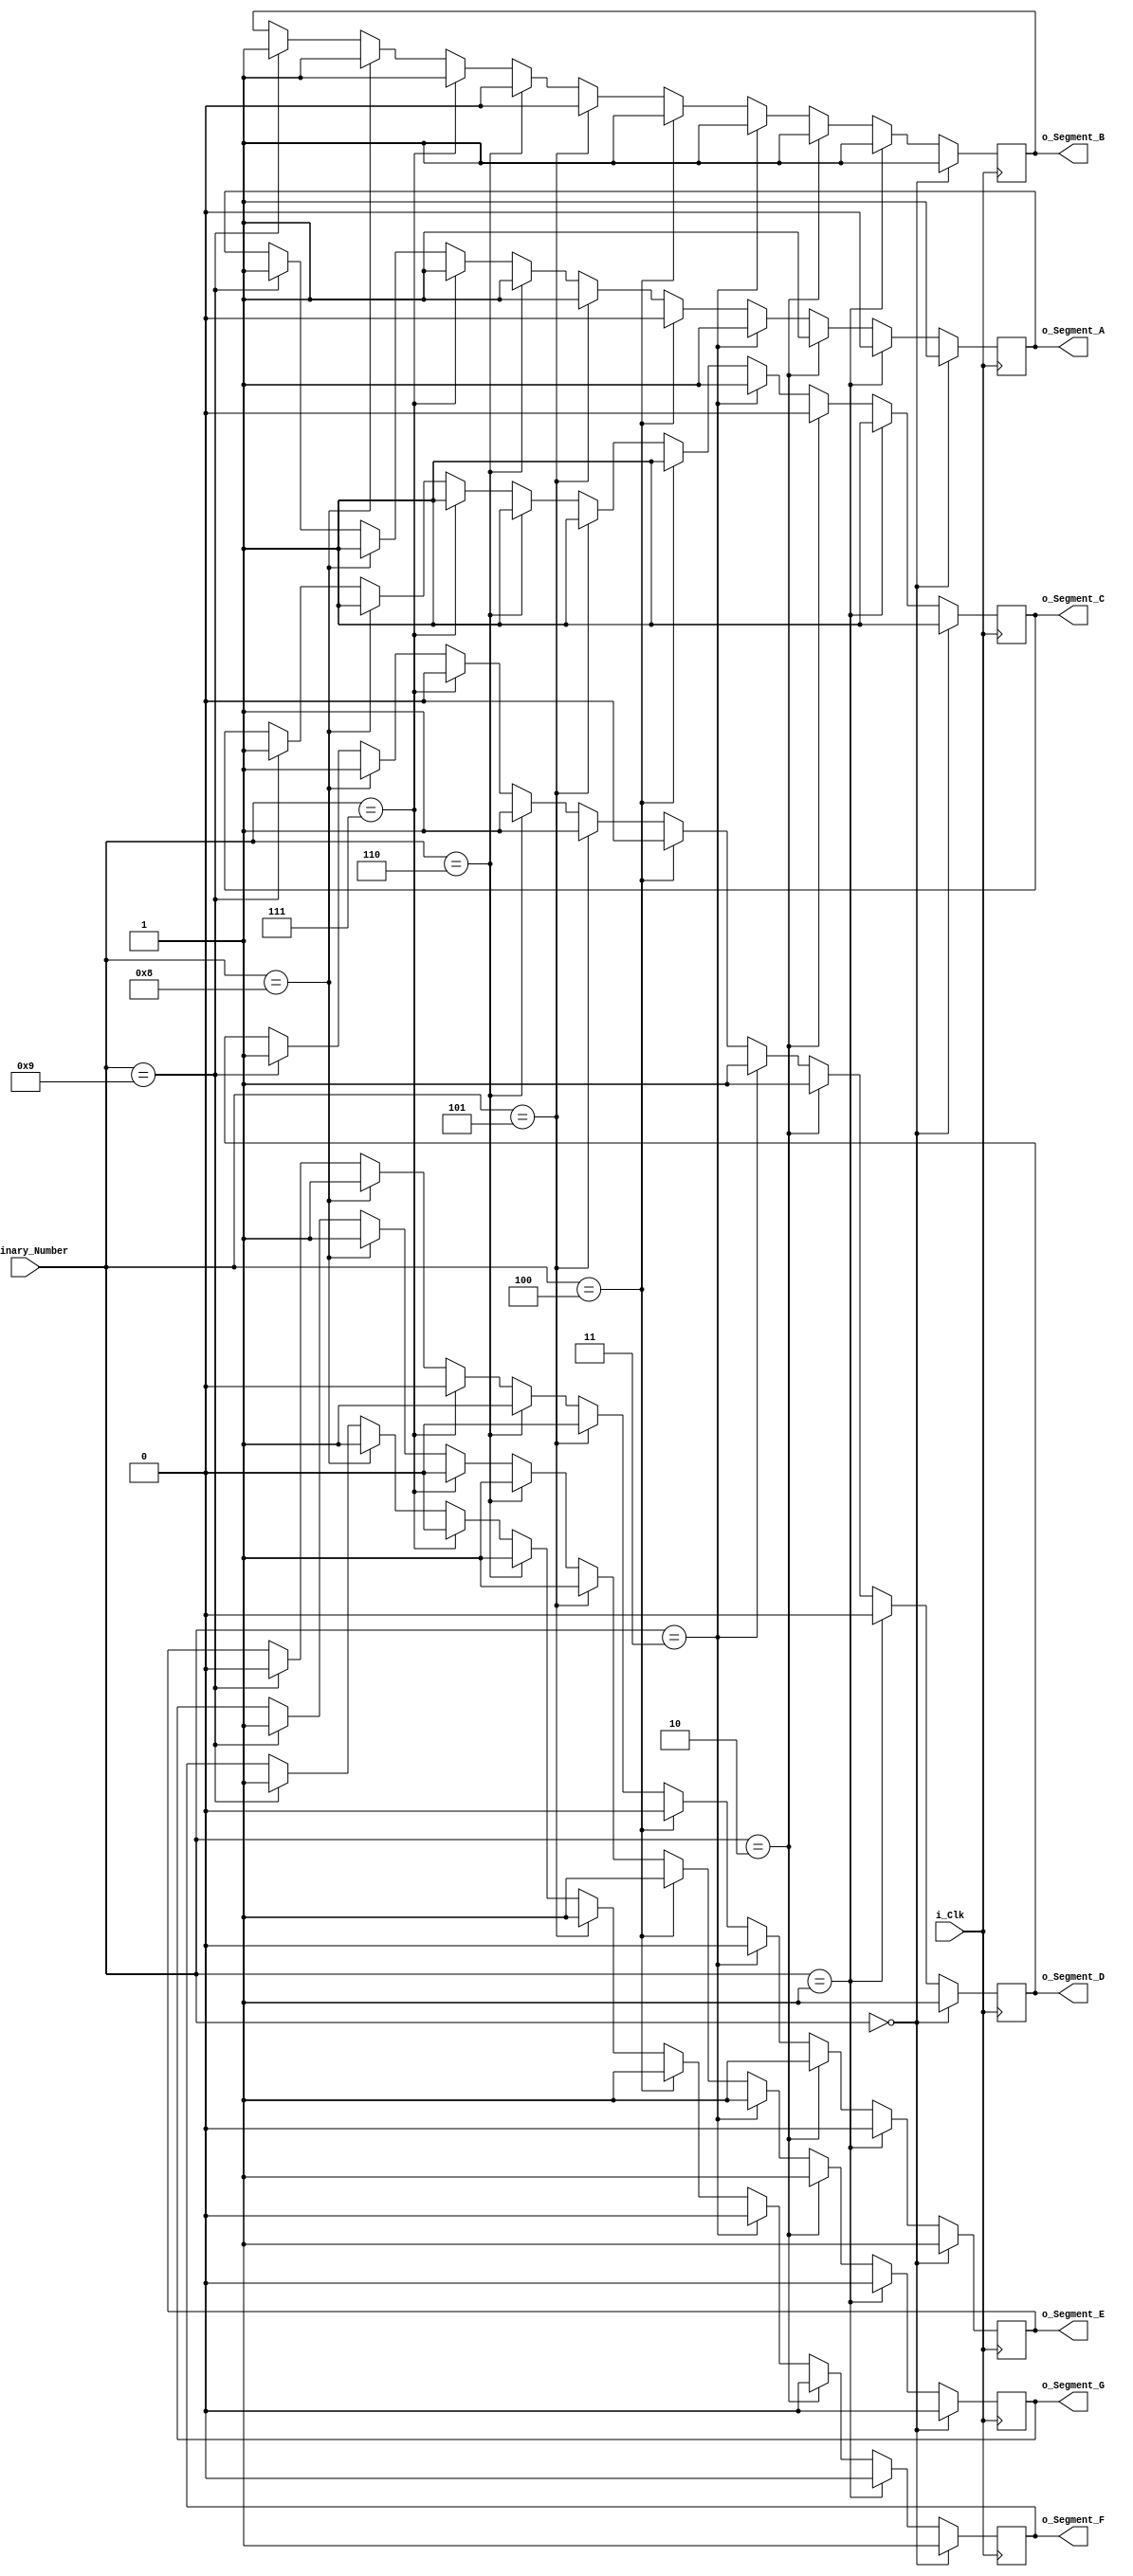
module Binary_To_Seven_Segment
	(input i_Clk,
	input [3:0] i_Binary_Number,
	output o_Segment_A,
	output o_Segment_B,
	output o_Segment_C,
	output o_Segment_D,
	output o_Segment_E,
	output o_Segment_F,
	output o_Segment_G);
	
	reg r_Segment_A = 1'b0;
	reg r_Segment_B = 1'b0;
	reg r_Segment_C = 1'b0;
	reg r_Segment_D = 1'b0;
	reg r_Segment_E = 1'b0;
	reg r_Segment_F = 1'b0;
	reg r_Segment_G = 1'b0;

	always @(posedge i_Clk)
	begin
		if (i_Binary_Number == 0)
		begin
			// Display 0
			r_Segment_A <= 1'b1;
			r_Segment_B <= 1'b1;
			r_Segment_C <= 1'b1;
			r_Segment_D <= 1'b1;
			r_Segment_E <= 1'b1;
			r_Segment_F <= 1'b1;
			r_Segment_G <= 1'b0;	
		end

		else if (i_Binary_Number == 1)
		begin
			// Display 1
			r_Segment_A <= 1'b0;
			r_Segment_B <= 1'b1;
			r_Segment_C <= 1'b1;
			r_Segment_D <= 1'b0;
			r_Segment_E <= 1'b0;
			r_Segment_F <= 1'b0;
			r_Segment_G <= 1'b0;	
		end

		else if (i_Binary_Number == 2)
		begin
			// Display 2
			r_Segment_A <= 1'b1;
			r_Segment_B <= 1'b1;
			r_Segment_C <= 1'b0;
			r_Segment_D <= 1'b1;
			r_Segment_E <= 1'b1;
			r_Segment_F <= 1'b0;
			r_Segment_G <= 1'b1;	
		end	

		else if (i_Binary_Number == 3)
		begin
			// Display 3
			r_Segment_A <= 1'b1;
			r_Segment_B <= 1'b1;
			r_Segment_C <= 1'b1;
			r_Segment_D <= 1'b1;
			r_Segment_E <= 1'b0;
			r_Segment_F <= 1'b0;
			r_Segment_G <= 1'b1;	
		end
		else if (i_Binary_Number == 4)
		begin
			// Display 4
			r_Segment_A <= 1'b0;
			r_Segment_B <= 1'b1;
			r_Segment_C <= 1'b1;
			r_Segment_D <= 1'b0;
			r_Segment_E <= 1'b0;
			r_Segment_F <= 1'b1;
			r_Segment_G <= 1'b1;	
		end

		else if (i_Binary_Number == 5)
		begin
			// Display 5
			r_Segment_A <= 1'b1;
			r_Segment_B <= 1'b0;
			r_Segment_C <= 1'b1;
			r_Segment_D <= 1'b1;
			r_Segment_E <= 1'b0;
			r_Segment_F <= 1'b1;
			r_Segment_G <= 1'b1;	
		end

		else if (i_Binary_Number == 6)
		begin
			// Display 6
			r_Segment_A <= 1'b1;
			r_Segment_B <= 1'b0;
			r_Segment_C <= 1'b1;
			r_Segment_D <= 1'b1;
			r_Segment_E <= 1'b1;
			r_Segment_F <= 1'b1;
			r_Segment_G <= 1'b1;	
		end	

		else if (i_Binary_Number == 7)
		begin
			// Display 7
			r_Segment_A <= 1'b1;
			r_Segment_B <= 1'b1;
			r_Segment_C <= 1'b1;
			r_Segment_D <= 1'b0;
			r_Segment_E <= 1'b0;
			r_Segment_F <= 1'b0;
			r_Segment_G <= 1'b0;	
		end
		
		else if (i_Binary_Number == 8)
		begin
			// Display 8
			r_Segment_A <= 1'b1;
			r_Segment_B <= 1'b1;
			r_Segment_C <= 1'b1;
			r_Segment_D <= 1'b1;
			r_Segment_E <= 1'b1;
			r_Segment_F <= 1'b1;
			r_Segment_G <= 1'b1;	
		end	

		else if (i_Binary_Number == 9)
		begin
			// Display 9
			r_Segment_A <= 1'b1;
			r_Segment_B <= 1'b1;
			r_Segment_C <= 1'b1;
			r_Segment_D <= 1'b1;
			r_Segment_E <= 1'b0;
			r_Segment_F <= 1'b1;
			r_Segment_G <= 1'b1;	
		end
	end
	
	// Assign segment states registers to outputs
	assign o_Segment_A = r_Segment_A;
	assign o_Segment_B = r_Segment_B;
	assign o_Segment_C = r_Segment_C;
	assign o_Segment_D = r_Segment_D;
	assign o_Segment_E = r_Segment_E;
	assign o_Segment_F = r_Segment_F;
	assign o_Segment_G = r_Segment_G;
	
endmodule